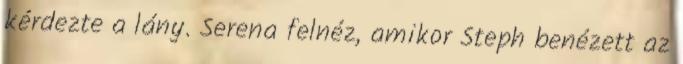
kérdezte a lány. Serena felnéz, amikor Steph benézett az